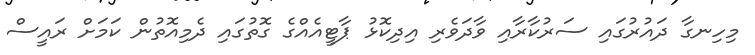
މިހިނގާ ދައުރުގައި ސަރުކާރާއި ވާދަވެރި އިދިކޮޅު ޕާޓީއެއްގެ ގޮތުގައި ދެމިއޮތުން ކަމަށް ރައީސް